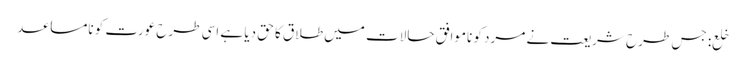
خلع: جس طرح شریعت نے مرد کو ناموافق حالات میں طلاق کا حق دیا ہے اسی طرح عورت کو نامساعد